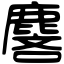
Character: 麐